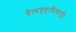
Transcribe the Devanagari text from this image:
चैत्यगृह।चैत्यगृहे